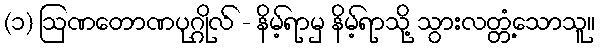
(၁) ဩဏတောဏပုဂ္ဂိုလ် - နိမ့်ရာမှ နိမ့်ရာသို့ သွားလတ္တံ့သောသူ။